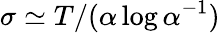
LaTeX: \sigma\simeq T/(\alpha\log\alpha^{-1})